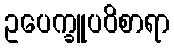
ဥပေက္ခူပဝိစာရာ